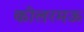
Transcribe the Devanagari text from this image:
कीलरमऊ